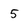
Character: 5